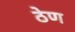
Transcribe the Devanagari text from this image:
ठेण